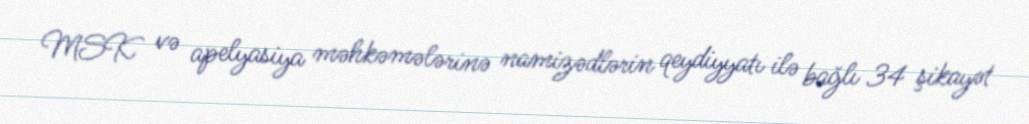
MSK və apelyasiya məhkəmələrinə namizədlərin qeydiyyatı ilə bağlı 34 şikayət